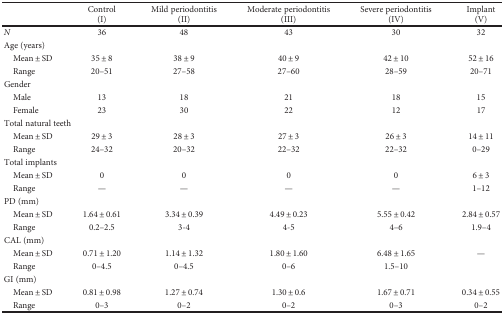
<table><thead><tr><td rowspan="2"></td><td><b>Control</b></td><td><b>Mild periodontitis</b></td><td><b>Moderate periodontitis</b></td><td><b>Severe periodontitis</b></td><td><b>Implant</b></td></tr><tr><td><b>(I)</b></td><td><b>(II)</b></td><td><b>(III)</b></td><td><b>(IV)</b></td><td><b>(V)</b></td></tr></thead><tbody><tr><td><i>N</i></td><td>36</td><td>48</td><td>43</td><td>30</td><td>32</td></tr><tr><td colspan="6">Age (years)</td></tr><tr><td> Mean ± SD</td><td>35 ± 8</td><td>38 ± 9</td><td>40 ± 9</td><td>42 ± 10</td><td>52 ± 16</td></tr><tr><td> Range</td><td>20–51</td><td>27–58</td><td>27–60</td><td>28–59</td><td>20–71</td></tr><tr><td colspan="6">Gender</td></tr><tr><td> Male</td><td>13</td><td>18</td><td>21</td><td>18</td><td>15</td></tr><tr><td> Female</td><td>23</td><td>30</td><td>22</td><td>12</td><td>17</td></tr><tr><td colspan="6">Total natural teeth</td></tr><tr><td> Mean ± SD</td><td>29 ± 3</td><td>28 ± 3</td><td>27 ± 3</td><td>26 ± 3</td><td>14 ± 11</td></tr><tr><td> Range</td><td>24–32</td><td>20–32</td><td>22–32</td><td>22–32</td><td>0–29</td></tr><tr><td colspan="6">Total implants</td></tr><tr><td> Mean ± SD</td><td>0</td><td>0</td><td>0</td><td>0</td><td>6 ± 3</td></tr><tr><td> Range</td><td>—</td><td>—</td><td>—</td><td>—</td><td>1–12</td></tr><tr><td colspan="6">PD (mm)</td></tr><tr><td> Mean ± SD</td><td>1.64 ± 0.61</td><td>3.34 ± 0.39</td><td>4.49 ± 0.23</td><td>5.55 ± 0.42</td><td>2.84 ± 0.57</td></tr><tr><td> Range</td><td>0.2–2.5</td><td>3-4</td><td>4-5</td><td>4–6</td><td>1.9–4</td></tr><tr><td colspan="6">CAL (mm)</td></tr><tr><td> Mean ± SD</td><td>0.71 ± 1.20</td><td>1.14 ± 1.32</td><td>1.80 ± 1.60</td><td>6.48 ± 1.65</td><td>—</td></tr><tr><td> Range</td><td>0–4.5</td><td>0–4.5</td><td>0–6</td><td>1.5–10</td><td></td></tr><tr><td colspan="6">GI (mm)</td></tr><tr><td> Mean ± SD</td><td>0.81 ± 0.98</td><td>1.27 ± 0.74</td><td>1.30 ± 0.6</td><td>1.67 ± 0.71</td><td>0.34 ± 0.55</td></tr><tr><td> Range</td><td>0–3</td><td>0–2</td><td>0–2</td><td>0–3</td><td>0–2</td></tr></tbody></table>